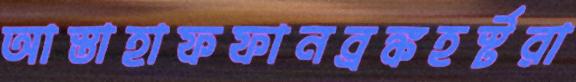
আস্তাহাফফানব্রঙ্কহর্স্টরা